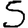
Digit: 5